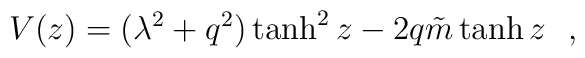
V(z)=(\lambda^2+q^2)\tanh^2z-2q{\tilde{m}} \tanh z~~,